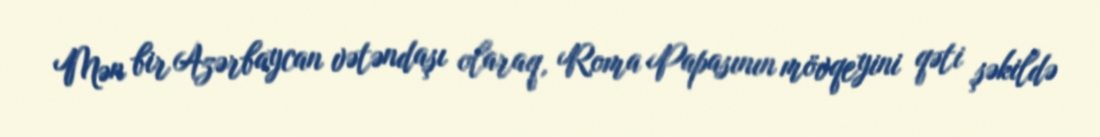
Mən bir Azərbaycan vətəndaşı olaraq, Roma Papasının mövqeyini qəti şəkildə